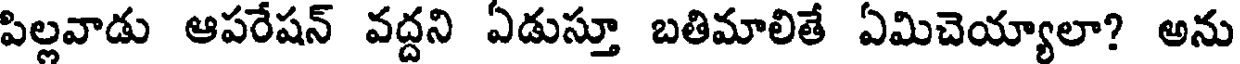
పిల్లవాడు ఆపరేషన్ వద్దని ఏడుస్తూ బతిమాలితే ఏమిచెయ్యాలా? అను